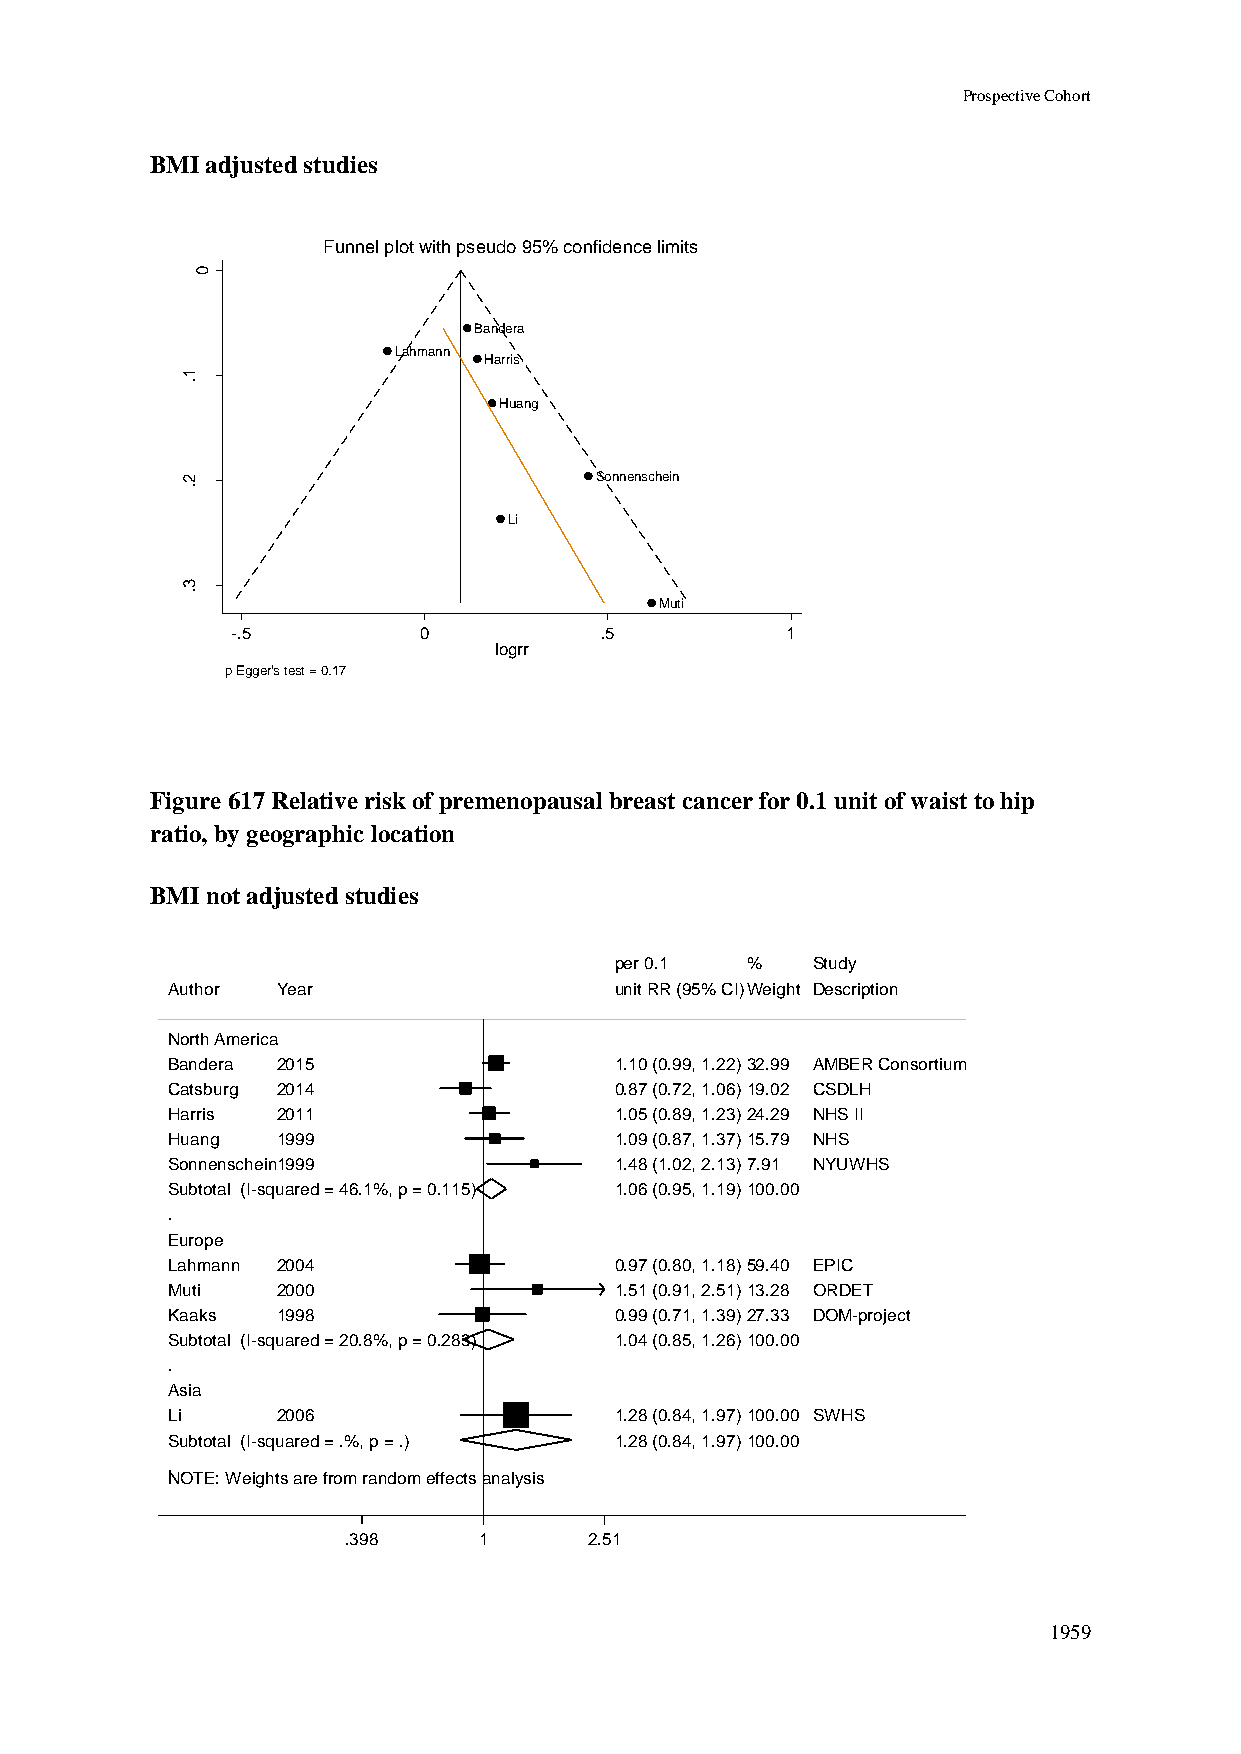
Prospective Cohort
 BMI adjusted studies
 Funnel plot with pseudo 95% confidence limits
 0
 Bandera
 Lahmann
 Harris
 1
 .
 rrg                         Huang
 o
 l
 fo
 .e
 .s     2                          Sonnenschein
 .
 Li
 3
 .
 Muti
 -.5          0           .5          1
 logrr
 p Egger's test = 0.17
 Figure 617 Relative risk of premenopausal breast cancer for 0.1 unit of waist to hip
 ratio, by geographic location
 BMI not adjusted studies
 ppeerr 00..11 %% Study
 Author Year                   uunniitt RRRR ((9955%% CCII))WWeeiigghhtt Description
 North America
 Bandera 2015                  11..1100 ((00..9999,, 11..2222))3322..9999 AMBER Consortium
 Catsburg 2014                 00..8877 ((00..7722,, 11..0066))1199..0022 CSDLH
 Harris 2011                   11..0055 ((00..8899,, 11..2233))2244..2299 NHS II
 Huang  1999                   11..0099 ((00..8877,, 11..3377))1155..7799 NHS
 Sonnenschein1999              11..4488 ((11..0022,, 22..1133))77..9911 NYUWHS
 Subtotal (I-squared = 46.1%, p = 0.115) 11..0066 ((00..9955,, 11..1199))110000..0000
 .
 Europe
 Lahmann 2004                  00..9977 ((00..8800,, 11..1188))5599..4400 EPIC
 Muti   2000                   11..5511 ((00..9911,, 22..5511))1133..2288 ORDET
 Kaaks  1998                   00..9999 ((00..7711,, 11..3399))2277..3333 DOM-project
 Subtotal (I-squared = 20.8%, p = 0.283) 11..0044 ((00..8855,, 11..2266))110000..0000
 .
 Asia
 Li     2006                   11..2288 ((00..8844,, 11..9977))110000..0000 SWHS
 Subtotal (I-squared = .%, p = .) 11..2288 ((00..8844,, 11..9977))110000..0000
 .
 NOTE: Weights are from random effects analysis
 .398     11     2.51
 1959